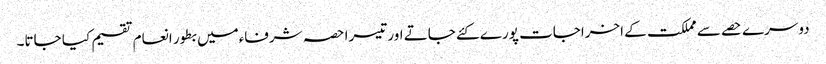
دوسرے حصے سے مملکت کے اخراجات پورے کئے جاتے اور تیسرا حصہ شرفاءمیں بطور انعام تقسیم کیا جاتا۔